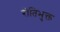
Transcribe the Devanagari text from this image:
रीतिभुक्त